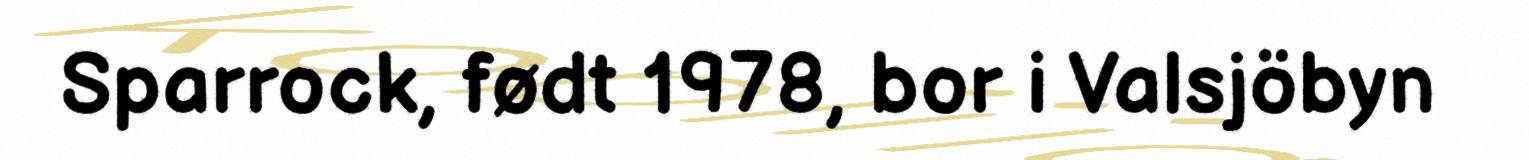
Sparrock, født 1978, bor i Valsjöbyn